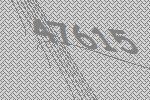
47615